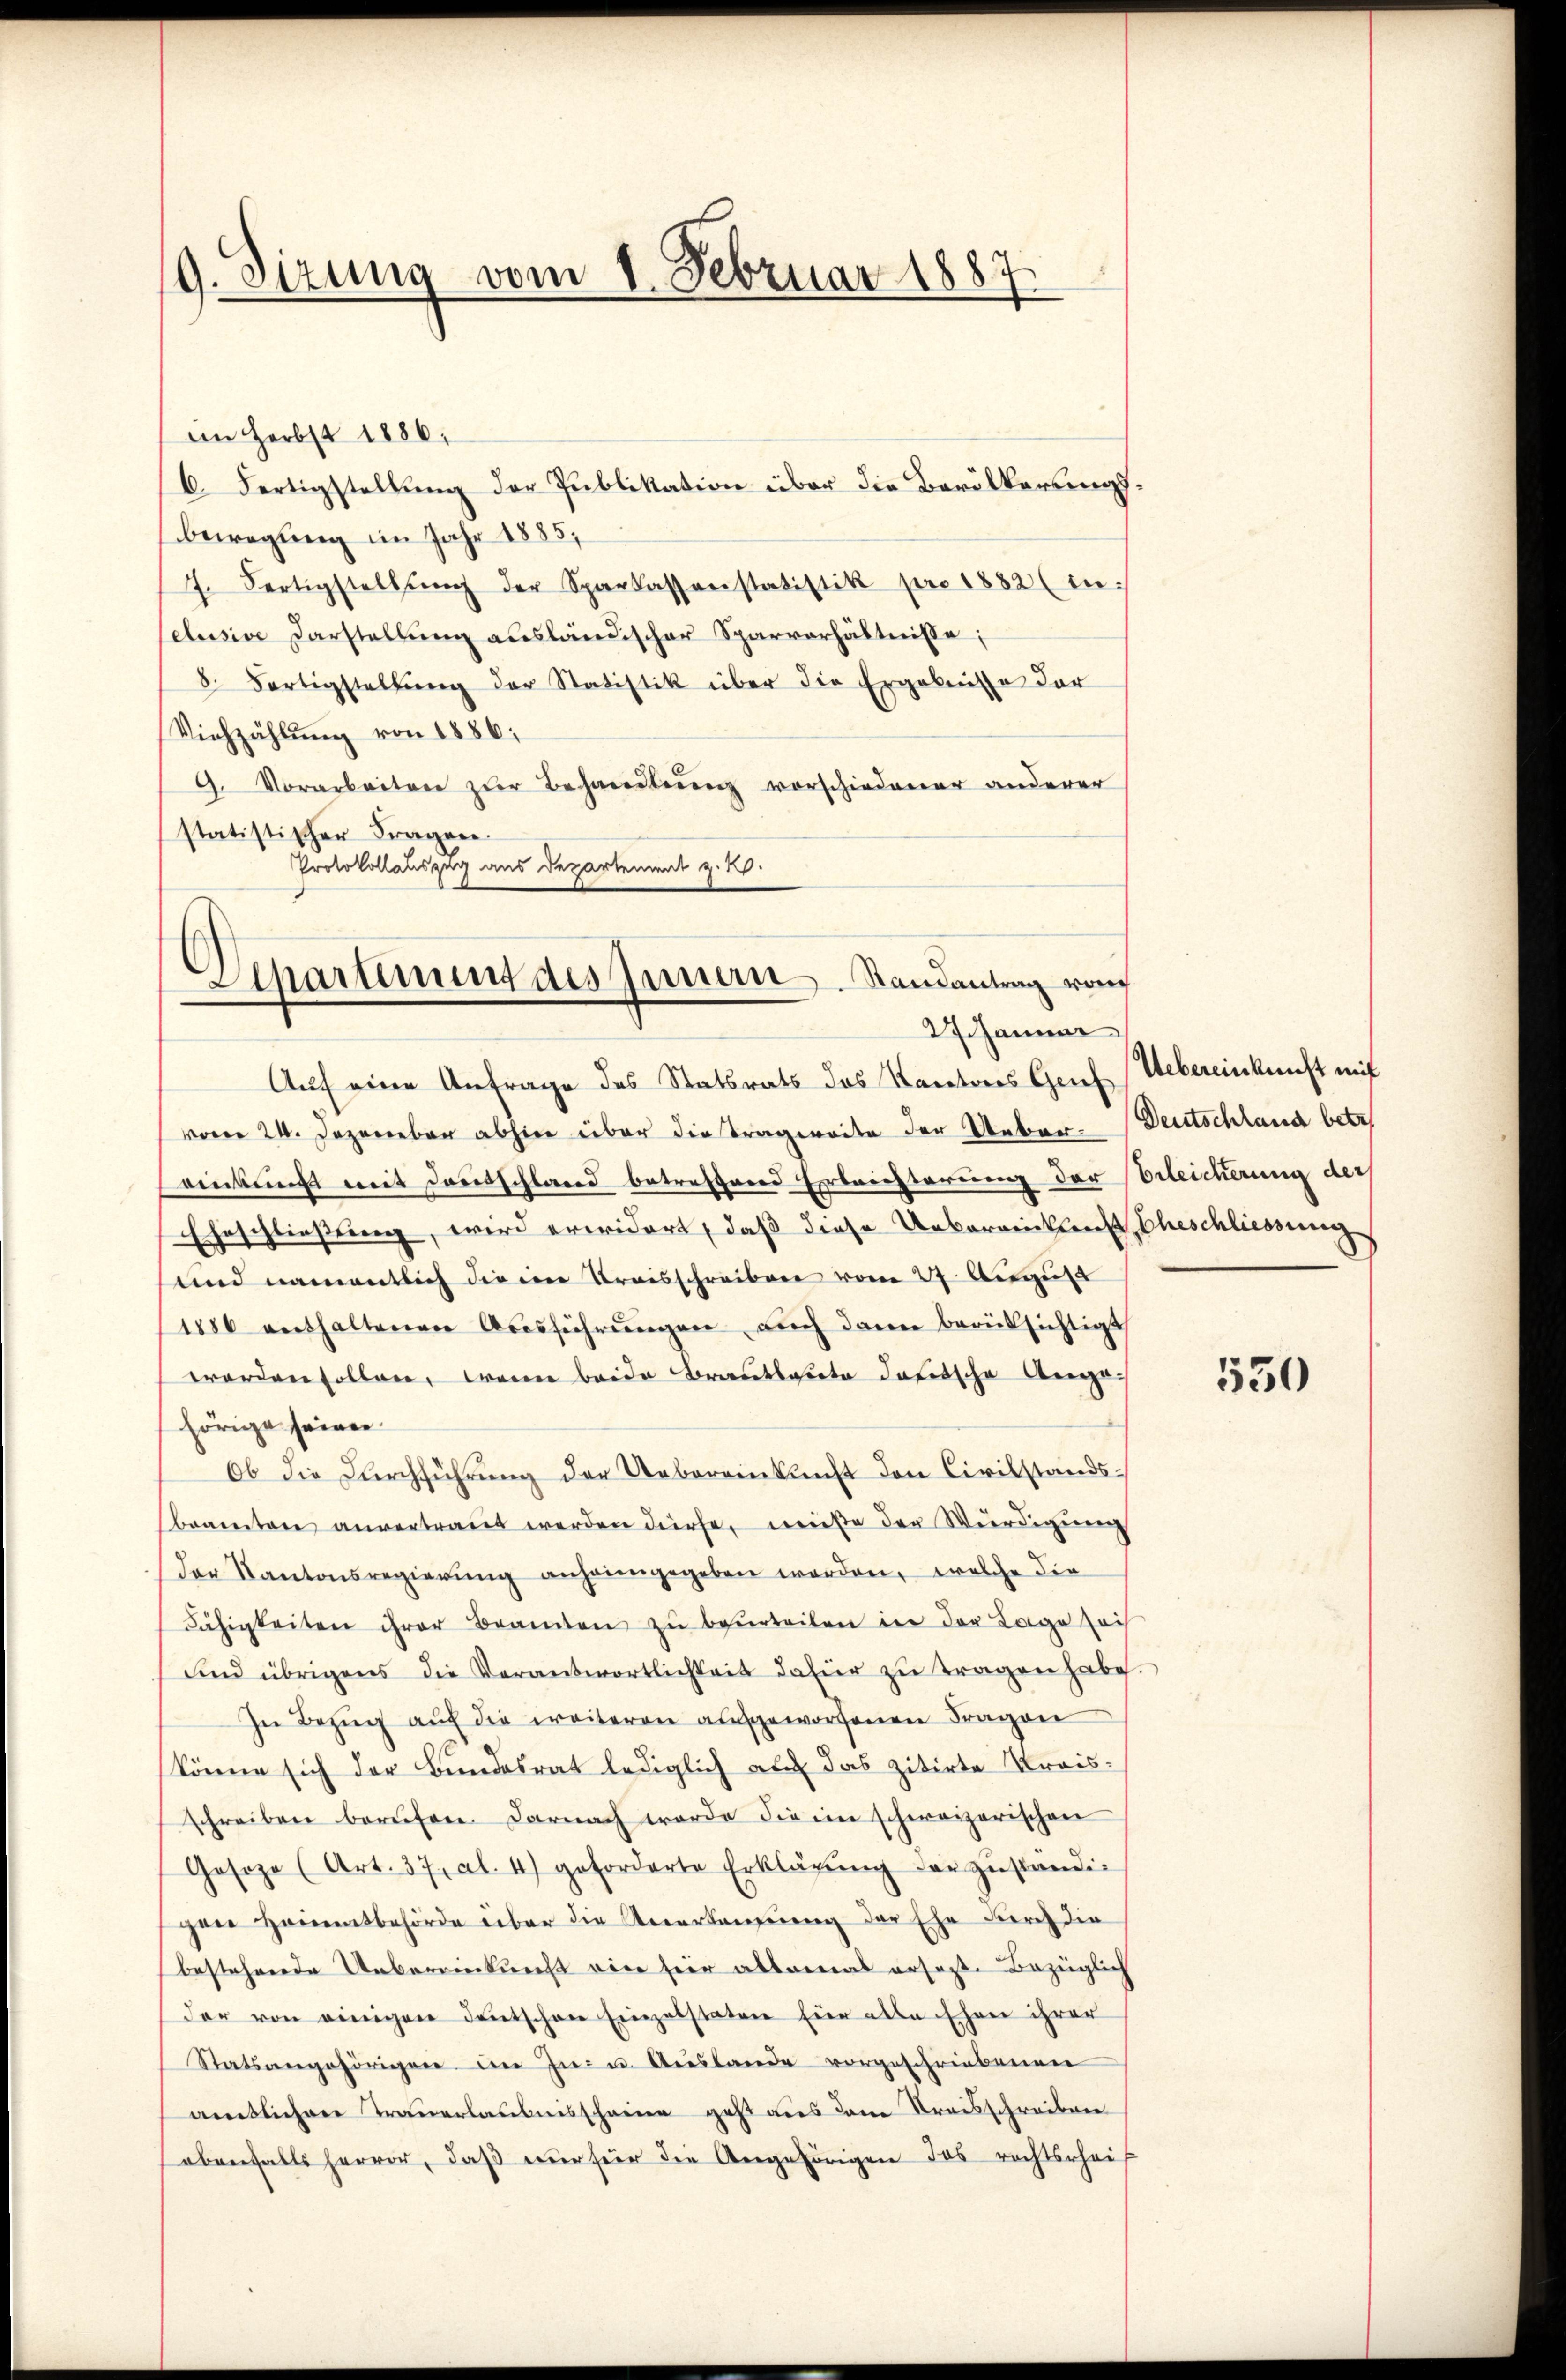
9. Sizung vom 1. Februar 1887

an Herbst 1886,
6. Fertigstellung der Publikation über die Bevölkerungsbewegung im Jahr 1885,
7. Fertigstellŭng der Sparkassenstatistik pro 1882 (in
clusive Darstellung ausländischer Sparverhältnisse;
8. Fertigstellŭng der Statistik über die Ergebnisse der
Viehzählŭng von 1886:
9. Vorarbeiten zŭr Behandlung vorschiedener anderer
statistischer Fragen
Protokollauszug aus Departement z. B.

¬
Departement des Innern Randantrag von
27. Jänner

Auf eine Anfrage des Statsrats das Kantons Genf (Uebereinkunft mit
vom 24. Dezember abhin über dietragereite der Ueber
venkunft mit Deutschland betreffend Erleichterung der Erleicherung der
Eheschließung, wird erwidert, daß diese Ueberwicklen Eheschliessung
und namentlich die in Kreisschreiben vom 27. August
1880 enthaltenen Aŭsführŭngen aŭch dann berüksichtigt
worden sollen, wenn beide Brautlaceta datische Angehörige seiner
Ob die Durchführung der Uebereinkunft den Civilstandsbeamten anvertraut werden dürfe, müße der Würdigung
der Kantonsregierŭng anheimgegeben worden, welche die
Fähigkeiten ihrer Beamten zŭ beŭrteilen in der Lage sach
und übrigens die Verantwortlichkeit dafür zŭ tragen habe.
In Bezug auf die weiteren aufgeworfenen Fragen
könne sich der Bundesrat lediglich auf das zitirte Kreisschreiben berufen. Darnach werde die im schweizerischen
Geseze (Art. 37, Al. 4) geforderte Erklärŭng der zŭständig
gen Hautbehörde über die Vererlangung der Ehe durch die
bestehende Uebereinkunft vier hier allemmal erfaßte Bezüglich
der von einigen deutschen Einzelstater hier alle Ehen ihrer
Statsangehörigen im In- u. Auslande vorgeschriebenen
amtlichen Trauerlaubnisscheine geht aus dem Kreisschreiben
ebenfalls hervor, daβ nŭr für die Angehörigen das rechtsreif

Deutschland betr.

550